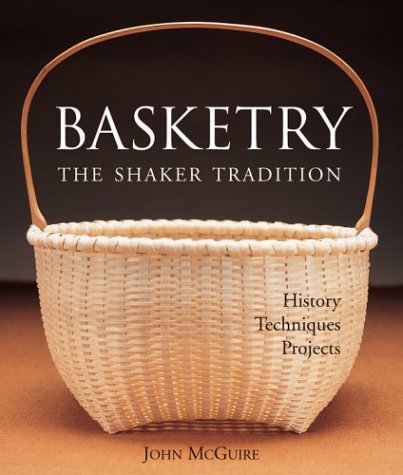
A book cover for Basketry: The Shaker Tradition: History, Techniques, Projects; John McGuire; Crafts, Hobbies & Home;